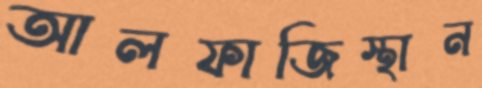
আলফাজিস্থান